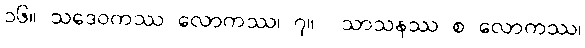
၁၆။ သဒေဝကဿ လောကဿ၊ ၇။  သာသနဿ စ လောကဿ၊